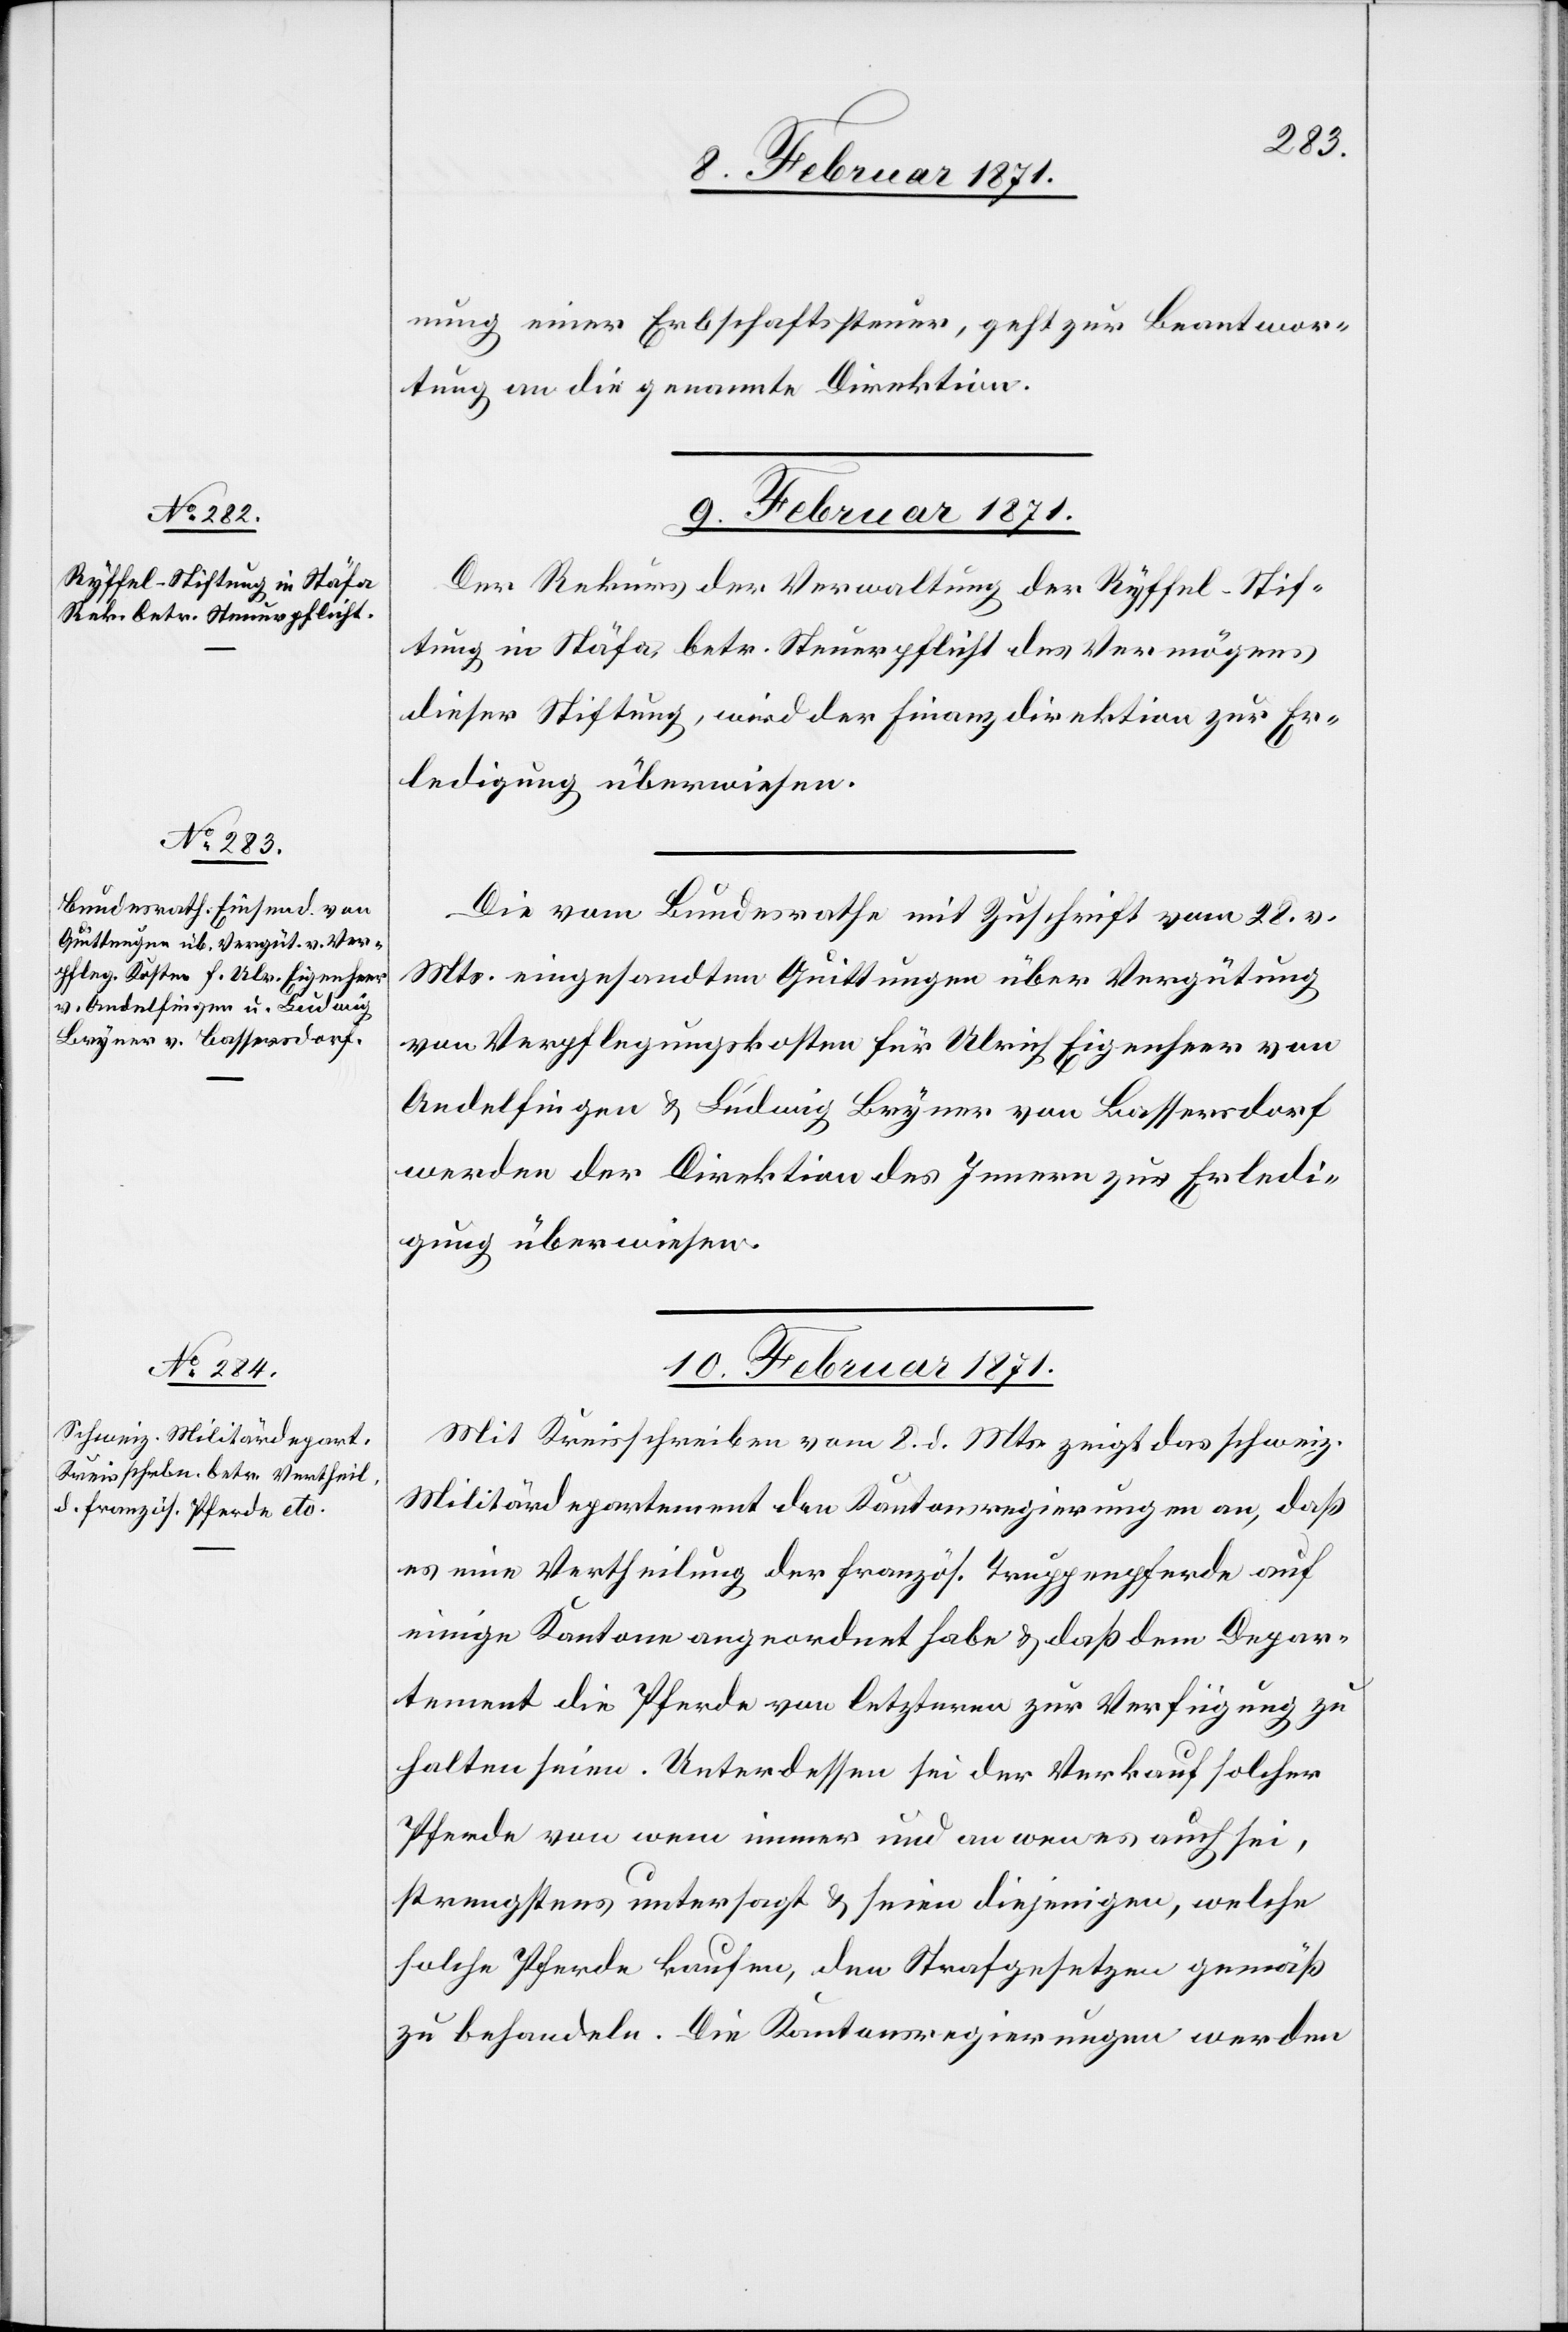
9. Februar 1871.]
nung einer Erbschaftssteuer, geht zur Beantwor¬
tung an die genannte Direktion.
9. Februar 1871.
Der Rekurs der Verwaltung der Ryffel-Stif¬
tung in Stäfa, betr. Steuerpflicht des Vermögens
dieser Stiftung, wird der Finanzdirektion zur Er¬
ledigung überwiesen.
Die vom Bundesrathe mit Zuschrift vom 28. v.
Mts. eingesandten Quittungen über Vergütung
von Verpflegungskosten für Ulrich Eigenheer von
Andelfingen u. Ludwig Bryner von Bassersdorf
werden der Direktion des Innern zur Erledi¬
gung überwiesen.
10. Februar 1871.
Mit Kreisschreiben vom 8. d. Mts. zeigt das schweiz.
Militärdepartement den Kantonsregierungen an, daß
es eine Vertheilung der französ. Truppenpferde auf
einige Kantone angeordnet habe u. daß dem Depar¬
tement die Pferde von letzteren zur Verfügung zu
halten seien. Unterdessen sei der Verkauf solcher
Pferde von wem immer und an wen es auch sei,
strengstens untersagt u. seien diejenigen, welche
solche Pferde kaufen, den Strafgesetzen gemäß
zu behandeln. Die Kantonsregierungen werden